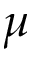
\mu